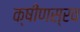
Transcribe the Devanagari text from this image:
क्षीणस्रव